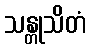
သန္တုသိတံ